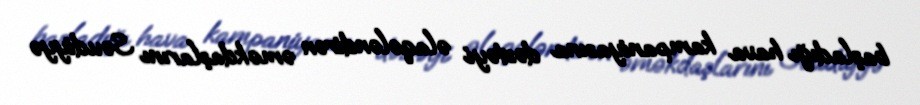
başladığı hava kampaniyasına dəstəyi əlaqələndirən əməkdaşlarını Səudiyyə